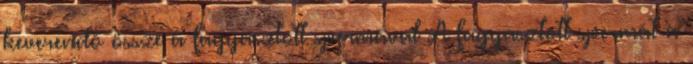
keverendő össze a fagyasztott spermával A fagyasztott spermát a